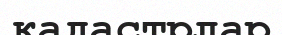
кадастрлар